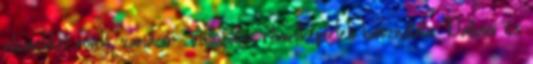
elemekkel rondó, variáció . Változatos ritmusképletek használata. Dallami és